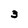
Character: 3